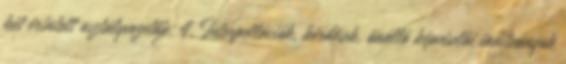
két érintett osztályvezetője. 4. Interpellációk, kérdések, önálló képviselői indítványok